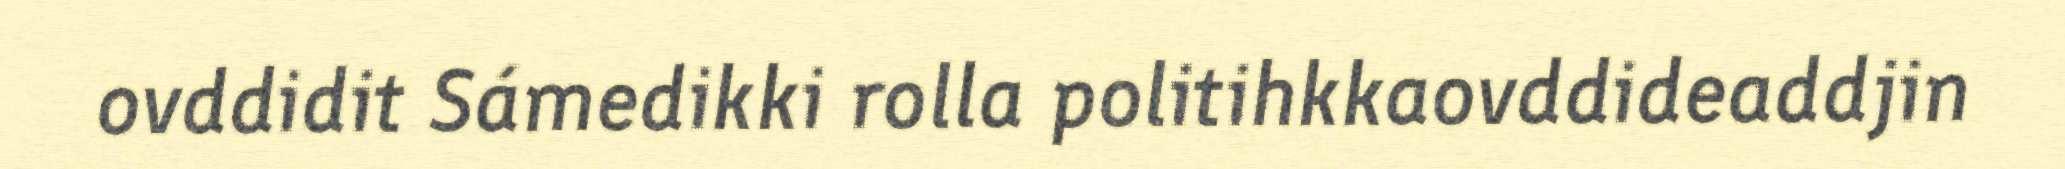
ovddidit Sámedikki rolla politihkkaovddideaddjin